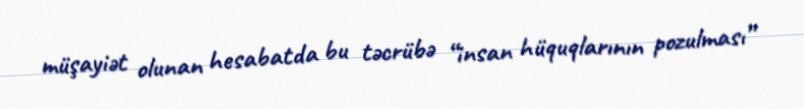
müşayiət olunan hesabatda bu təcrübə “insan hüquqlarının pozulması”